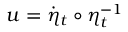
u = \dot { \eta } _ { t } \circ \eta _ { t } ^ { - 1 }